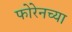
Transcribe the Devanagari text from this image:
फोरेनच्या